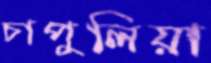
চাপুলিয়া